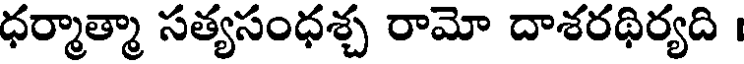
ధర్మాత్మా సత్యసంధశ్చ రామో దాశరథిర్యది ।